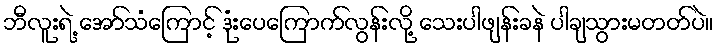
ဘီလူးရဲ့ အော်သံကြောင့် ဒုံးပေကြောက်လွန်းလို့ သေးပါဖျန်းခနဲ ပါချသွားမတတ်ပဲ။